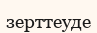
зерттеуде